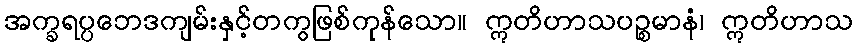
အက္ခရပ္ပဘေဒကျမ်းနှင့်တကွဖြစ်ကုန်သော။ ဣတိဟာသပဉ္စမာနံ၊ ဣတိဟာသ